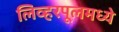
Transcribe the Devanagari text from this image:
लिव्हरपूलमध्ये